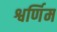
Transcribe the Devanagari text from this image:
श्वर्णिम